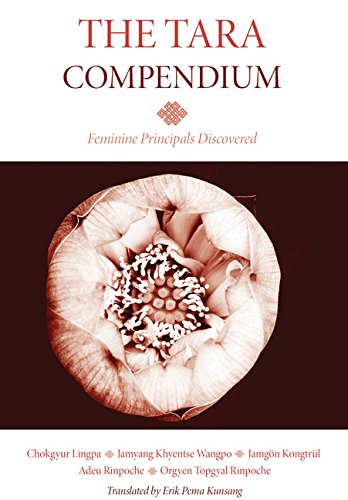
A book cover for The Tara Compendium: Feminine Principles Discovered; Chokgyur Lingpa; Religion & Spirituality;